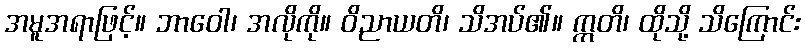
အမူအရာဖြင့်။ ဘာဝေါ၊ အလိုကို။ ဝိညာယတိ၊ သိအပ်၏။ ဣတိ၊ ထိုသို့ သိကြောင်း